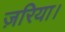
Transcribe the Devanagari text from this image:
ज़रिया।